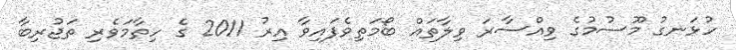
ހުޅަނގު މޫސުމުގެ ވިއްސާރަ ވިލާތައް ބޯމަތިވެފައިވާ އިރު 2011 ގެ ހިތާމަވެރި ތަޖުރިބާ